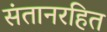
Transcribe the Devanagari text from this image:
संतानरहित